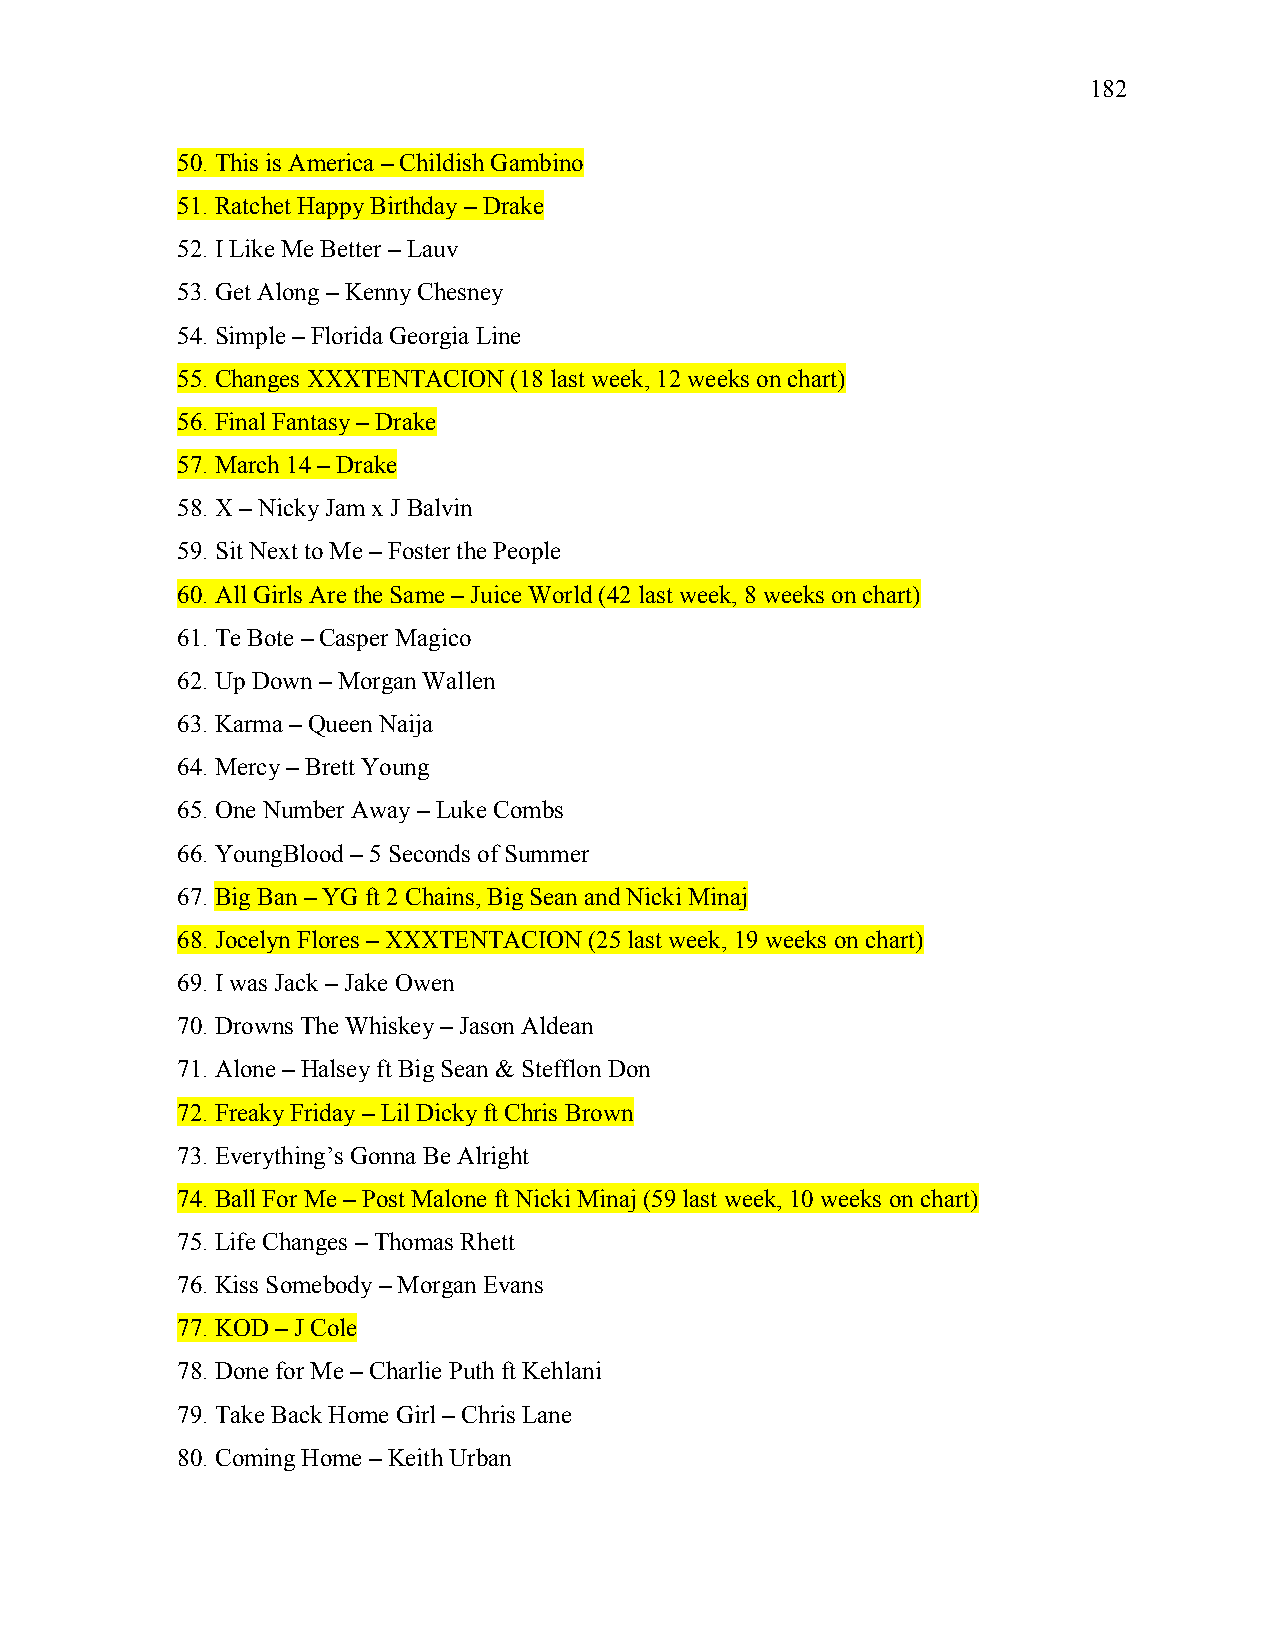
182
 50. This is America – Childish Gambino
 51. Ratchet Happy Birthday – Drake
 52. I Like Me Better – Lauv
 53. Get Along – Kenny Chesney
 54. Simple – Florida Georgia Line
 55. Changes XXXTENTACION (18 last week, 12 weeks on chart)
 56. Final Fantasy – Drake
 57. March 14 – Drake
 58. X – Nicky Jam x J Balvin
 59. Sit Next to Me – Foster the People
 60. All Girls Are the Same – Juice World (42 last week, 8 weeks on chart)
 61. Te Bote – Casper Magico
 62. Up Down – Morgan Wallen
 63. Karma – Queen Naija
 64. Mercy – Brett Young
 65. One Number Away – Luke Combs
 66. YoungBlood – 5 Seconds of Summer
 67. Big Ban – YG ft 2 Chains, Big Sean and Nicki Minaj
 68. Jocelyn Flores – XXXTENTACION (25 last week, 19 weeks on chart)
 69. I was Jack – Jake Owen
 70. Drowns The Whiskey – Jason Aldean
 71. Alone – Halsey ft Big Sean & Stefflon Don
 72. Freaky Friday – Lil Dicky ft Chris Brown
 73. Everything’s Gonna Be Alright
 74. Ball For Me – Post Malone ft Nicki Minaj (59 last week, 10 weeks on chart)
 75. Life Changes – Thomas Rhett
 76. Kiss Somebody – Morgan Evans
 77. KOD – J Cole
 78. Done for Me – Charlie Puth ft Kehlani
 79. Take Back Home Girl – Chris Lane
 80. Coming Home – Keith Urban